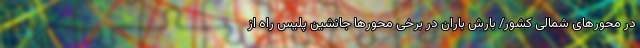
در محورهای شمالی کشور/ بارش باران در برخی محورها جانشین پلیس راه از